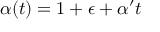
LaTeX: \alpha ( t ) = 1 + \epsilon + \alpha ^ { \prime } t